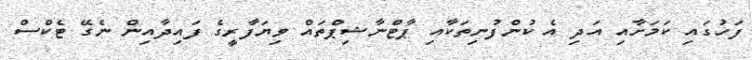
ފަހުގައި ކަމަށާއި އަދި އެ ކުންފުނިތަކާއި ޕާޓްނާޝިޕްތައް ވިޔަފާރީގެ ފައިދާއިން ނެގޭ ޓެކްސް